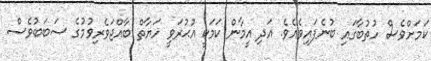
ކަމަށްވެސް ހުތުބާގައި ބުނެފައިވެއެވެ. އަދި އީމާން ކަމަކީ އުޙުރަވީ ހަޔާތް ބާއްޖަވެރިވުމުގެ ސަބަބުވެސް